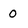
Character: 0